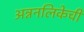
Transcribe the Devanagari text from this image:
अन्ननलिकेची